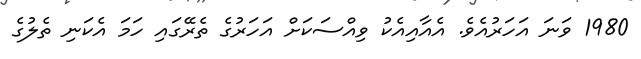
1980 ވަނަ އަހަރުއެވެ. އެއާއިއެކު ވިއްސަކަށް އަހަރުގެ ތެރޭގައި ހަމަ އެކަނި ތެލުގެ